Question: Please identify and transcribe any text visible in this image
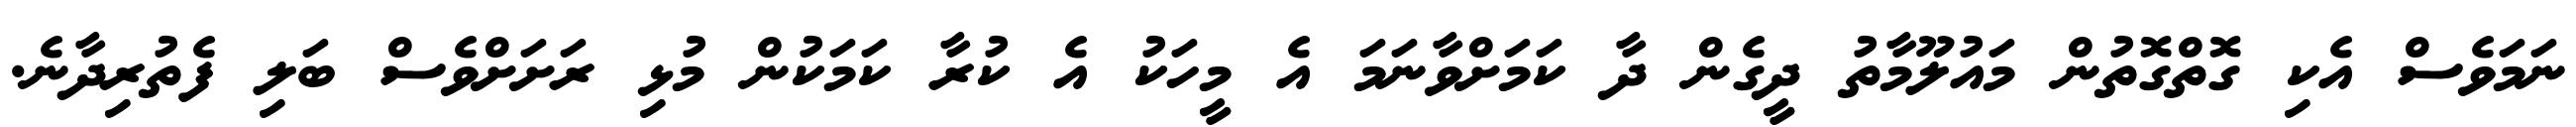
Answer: ނަމަވެސް އެކި ގޮތްގޮތުން މައުލޫމާތު ދީގެން ދާ ކަމަށްވާނަމަ އެ މީހަކު އެ ކުރާ ކަމަކުން މުޅި ރަށަށްވެސް ބަލި ފެތުރިދާނެ.